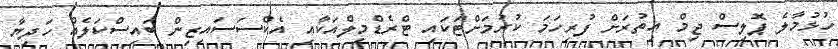
ހުޅުމާލެ ޕޮލިސް ޖިމް އިތުރަށް ފުރިހަމަ ކުރުމަށްޓަކައި ޓްރެޑްމިލްއަކާއި އެކްސަސައިޒިން ބައިސްކަލެއް ހަދިޔާ